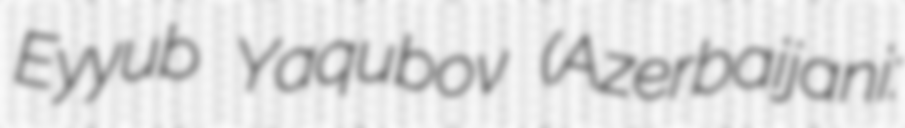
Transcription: Eyyub Yaqubov (Azerbaijani: